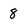
Character: 8